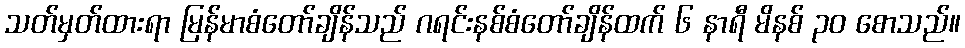
သတ်မှတ်ထားရာ မြန်မာစံတော်ချိန်သည် ဂရင်းနစ်စံတော်ချိန်ထက် ၆ နာရီ မိနစ် ၃၀ စောသည်။